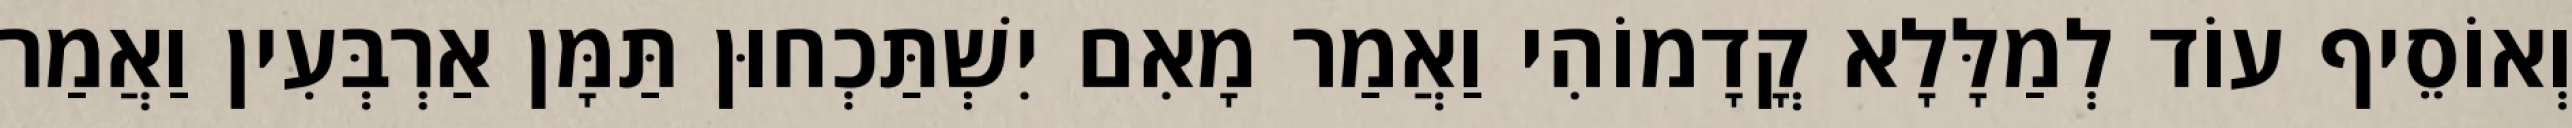
וְאוֹסֵיף עוֹד לְמַלָּלָא קֳדָמוֹהִי וַאֲמַר מָאִם יִשְׁתַּכְחוּן תַּמָּן אַרְבְּעִין וַאֲמַר